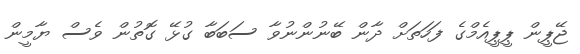
ޖޭޕީން ޕީޕީއެމްގެ ފަހަތަށް ދާން ބޭނުންނުވާ ސަބަބާ ގުޅޭ ގޮތުން ވެސް ޔާމީން